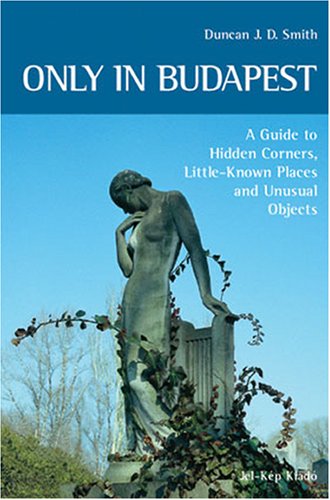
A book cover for Only in Budapest: A Guide to Hidden Corners, Little-Known Places and Unusual Objects; Duncan J. D. Smith; Travel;